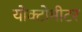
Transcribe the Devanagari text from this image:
योक्टोमीटर